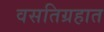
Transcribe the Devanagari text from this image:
वसतिग्रहात